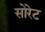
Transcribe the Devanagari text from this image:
सोरेट